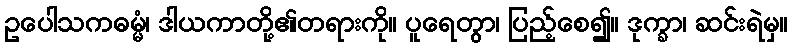
ဥပေါသကဓမ္မံ၊ ဒါယကာတို့၏တရားကို။ ပူရေတွာ၊ ပြည့်စေ၍။ ဒုက္ခာ၊ ဆင်းရဲမှ။